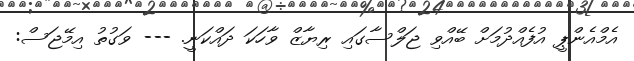
އެމްއެންޕީ އުފެއްދުމަށް ބޭއްވި ޖަލްސާގައި ރިޔާޒް ވާހަކަ ދައްކަނީ. --- ވަގުތު އިމޭޖަސް: